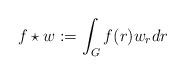
LaTeX: \begin{align*}f \star w := \int_G f(r) w_r dr\end{align*}